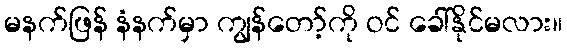
မနက်ဖြန် နံနက်မှာ ကျွန်တော့်ကို ဝင် ခေါ်နိုင်မလား။